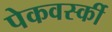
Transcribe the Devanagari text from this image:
पेकवर्स्की